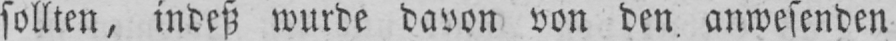
sollten, indeß wurde davon von den anwesenden